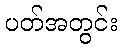
ပတ်အတွင်း